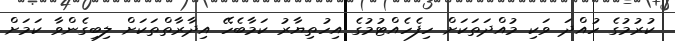
ކުރުމުގެ ހުއްދަ ވަކި މުއްދަތަކަށް ހިފެހެއްޓުމުގެ އިހުތިޔާރު ކަމާބެހޭ އިދާރާތްތަކަށް ލިބިގެންވާ ކަމަށް